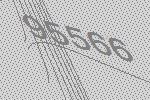
95566